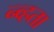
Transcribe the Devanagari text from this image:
न्व्हता